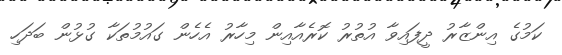
ކަމުގެ އިންޒާރު ދީފައިވާ އުތުރު ކޮރެއާއިން މިހާރު އެހެން ގައުމުތަކާ ގުޅުން ބަދަހި